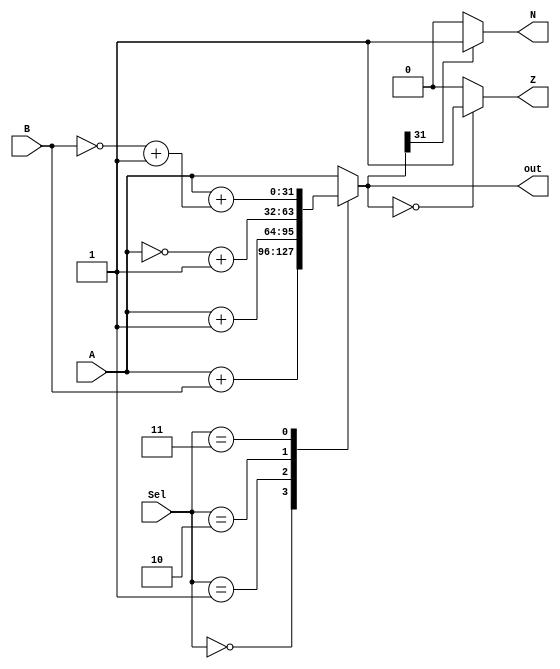
module alu(A, B, Sel, N, Z, out);
    
    // input declarations
    input [31:0] A;
    input [31:0] B;
    input [3:0] Sel;
    
    // output declarations
    output reg N;
    output reg Z;
    output reg [31:0] out;

    
    always@(A,B,Sel)
    begin
        case(Sel)
                  
            0: out = A + B; // adding
            1: out = A + 1; // increment
            2: out = (~A) + 1; // negate
            3: out = A + ((~B) + 1); // subtract
            default: out = A; // pass A value
        
        endcase
    end

    always@(out)
    begin
        Z = 0; // set initial flag to low
        if(out == 0)
            Z = 1; // if output is zero, set flag
        
        N = 0; // set initial flag to high
        if(out[31] == 1)
            N = 1; // if output is negative, set flag
    
    end
    
endmodule